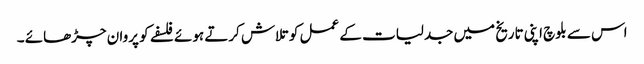
اس سے بلوچ اپنی تاریخ میں جدلیات کے عمل کو تلاش کرتے ہوئے فلسفے کو پروان چڑھائے ۔